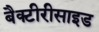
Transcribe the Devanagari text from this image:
बैक्टीरीसाइड